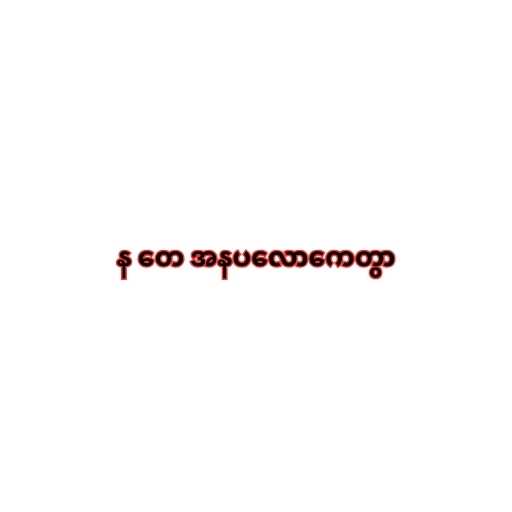
န တေ အနပလောကေတွာ